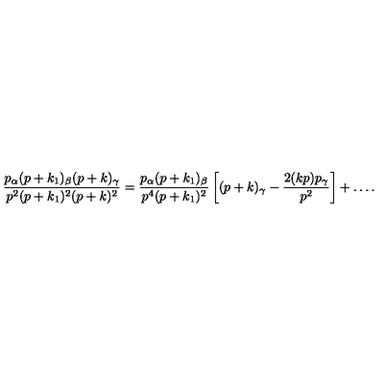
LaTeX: \frac { p _ { \alpha } ( p + k _ { 1 } ) _ { \beta } ( p + k ) _ { \gamma } } { p ^ { 2 } ( p + k _ { 1 } ) ^ { 2 } ( p + k ) ^ { 2 } } = \frac { p _ { \alpha } ( p + k _ { 1 } ) _ { \beta } } { p ^ { 4 } ( p + k _ { 1 } ) ^ { 2 } } \left[ ( p + k ) _ { \gamma } - \frac { 2 ( k p ) p _ { \gamma } } { p ^ { 2 } } \right] + \ldots .